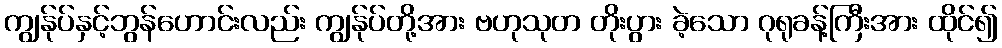
ကျွန်ုပ်နှင့်ဘွန်ဟောင်းလည်း ကျွန်ုပ်တို့အား ဗဟုသုတ တိုးပွား ခဲ့သော ဂုရုခန့်ကြီးအား ထိုင်၍